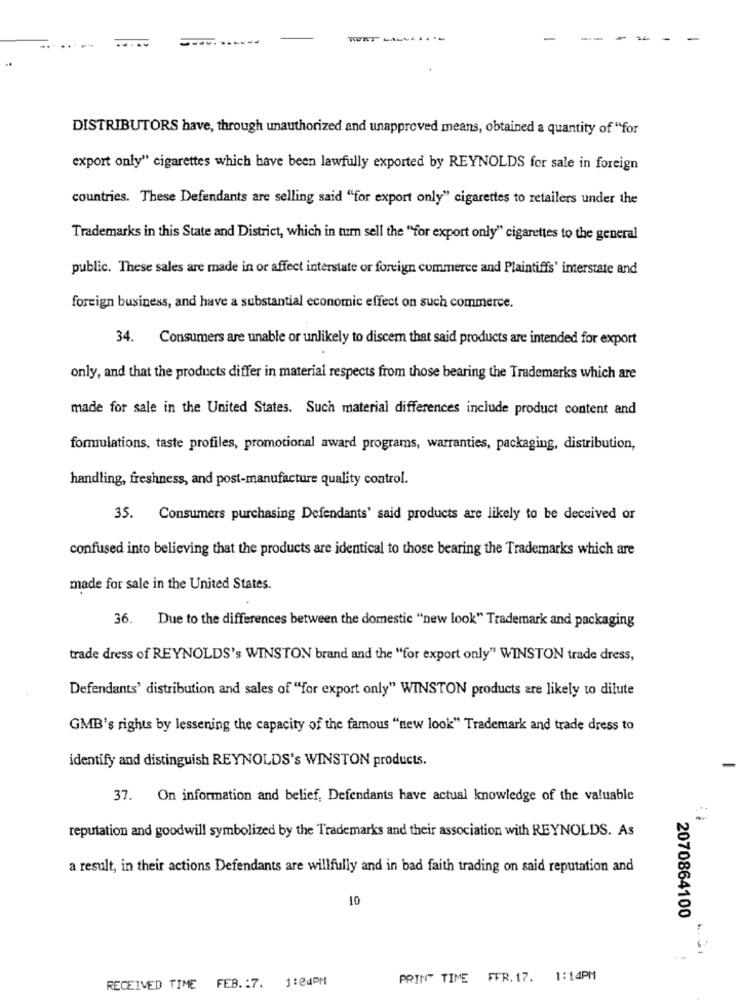
-.
TURTLALLE
..
DISTRIBUTORS have, through unauthorized and unapproved means, obtained a quantity of "for
export only" cigarettes which have been lawfully exported by REYNOLDS for sale in foreign
countries. These Defendants are selling said "for export only" cigarettes to retailers under the
Trademarks in this State and District, which in tum sell the "for export only" cigarettes to the general
public. These sales are made in or affect interstate or foreign commerce and Plaintiffs' interstate and
foreign business, and have a substantial economic effect on such commerce.
34. Consumers are unable or unlikely to discem that said products are intended for export
only, and that the products differ in material respects from those bearing the Trademarks which are
made for sale in the United States. Such material differences include product content and
formulations, taste profiles, promotional award programs, warranties, packaging, distribution,
handling, freshness, and post-manufacture quality control.
35.
Consumers purchasing Defendants' said products are likely to be deceived or
confused into believing that the products are identical to those bearing the Trademarks which are
made for sale in the United States.
36. Due to the differences between the domestic "new look" Trademark and packaging
trade dress of REYNOLDS's WINSTON brand and the "for export only" WINSTON trade dress,
Defendants' distribution and sales of ""for export only" WINSTON products are likely to dilute
GMB's rights by lessening the capacity of the famous "new look" Trademark and trade dress to
identify and distinguish REYNOLDS's WINSTON products.
37. On information and belief, Defendants have actual knowledge of the valuable
reputation and goodwill symbolized by the Trademarks and their association with REYNOLDS. As
a result, in their actions Defendants are willfully and in bad faith trading on said reputation and
10
2070864100
PRINT TIME FFR. 17. 1:14PM
RECEIVED TIME FEB. : 7. 1:04PM